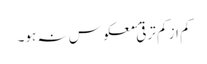
کم از کم ترقیٔ معکوس نہ ہو۔